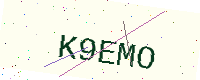
Text: K9EMO